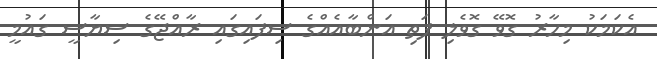
އެކަމަކު މިހާރު ގޮވޭ ގޮވެލި ފަތި އަންބާއެއްގެ ސިފައިގައި ރާއްޖޭގެ ސިޔާސީ ގައުމީ